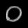
Digit: ၀